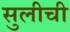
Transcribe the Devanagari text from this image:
सुलीची